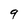
Character: 9